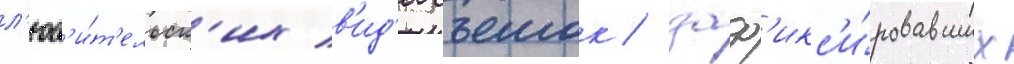
л'юб'и́т'ельск'их в'ид'еосъемок / заф'икс'и́ровавших